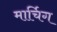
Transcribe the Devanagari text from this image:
मार्चिग